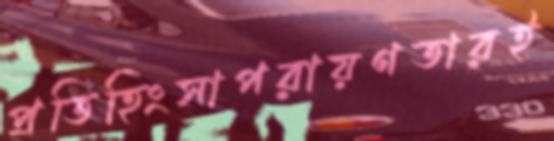
প্রতিহিংসাপরায়ণতারই